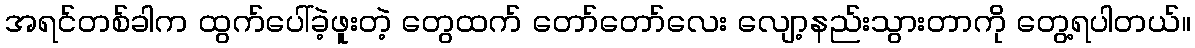
အရင်တစ်ခါက ထွက်ပေါ်ခဲ့ဖူးတဲ့ တွေထက် တော်တော်လေး လျော့နည်းသွားတာကို တွေ့ရပါတယ်။